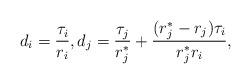
LaTeX: \begin{align*} d_i=\frac{\tau_i}{r_i},d_j=\frac{\tau_j}{r_j^*}+\frac{(r_j^*-r_j)\tau_i}{r_j^*r_i},\end{align*}